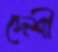
দেশী